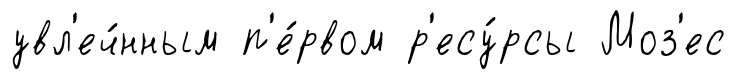
увл'еч́нным п'е́рвом р'есу́рсы Моз'ес